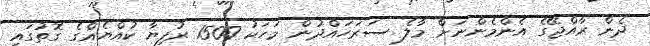
ދެން ރާއްޖޭގެ އެންމެންނަށް މާލެ ސަރަހައްދުން މަހަކު 1500 ރުފިޔާ ކުއްޔެއްގެ ގޮތުގައި